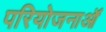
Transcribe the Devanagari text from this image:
परियोजनाऑं